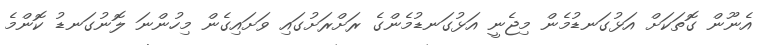
އެނޫން ގޮތަކަށް އަޅުގަނޑުމެން މިޖެނީ އަޅުގަނޑުމެންގެ ރަށްރަށުގައި ވަށައިގެން މިހުންނަ ލޮނުގަނޑު ކޮންމެ